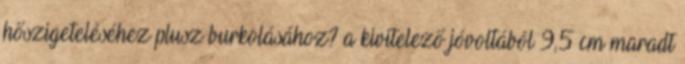
hőszigeteléséhez plusz burkolásához? a kivitelező jóvoltából 9,5 cm maradt